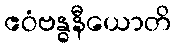
ဧဝံဗန္ဓနီယောတိ